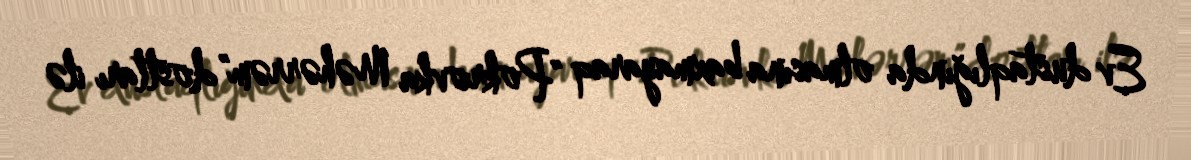
Ev dustaqlığında olmasına baxmayaraq "Pokrovka Məhərrəm" dostları ilə